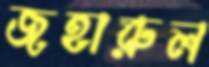
জহারুল